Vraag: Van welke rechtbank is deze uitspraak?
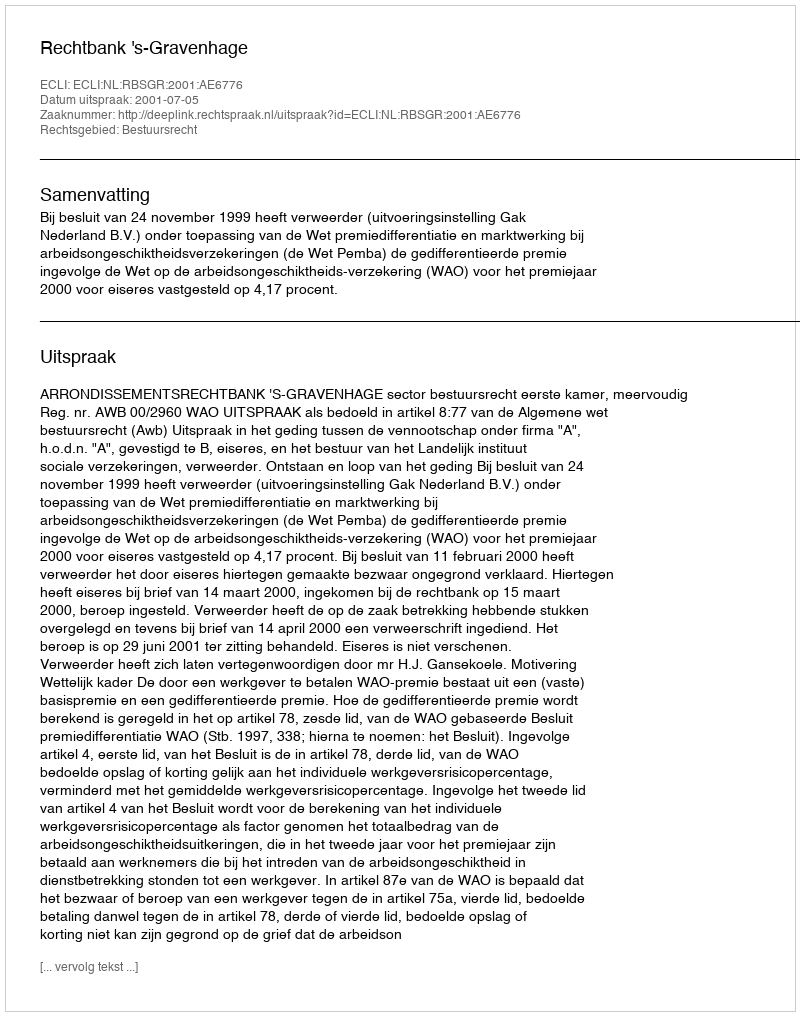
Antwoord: Rechtbank 's-Gravenhage